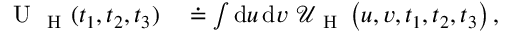
\begin{array} { r l } { \mathrm { ~ U ~ } _ { \mathrm { ~ H ~ } } ( t _ { 1 } , t _ { 2 } , t _ { 3 } ) } & { { } \doteq \int \mathrm { d } u \, \mathrm { d } v \, \, \mathcal { U } _ { \mathrm { ~ H ~ } } \left( u , v , t _ { 1 } , t _ { 2 } , t _ { 3 } \right) , } \end{array}